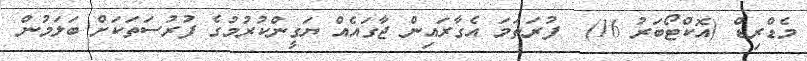
މެޑްރިޑް (އޮކްޓޯބަރު 16)  ފުރަތަމަ އެގާރައިން ޖާގައެއް ޔަގީންކުރުމުގެ ފުރުސަތަކަށް ބަލަމުން